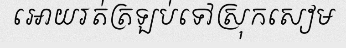
អោយរត់ត្រឡប់ទៅស្រុកសៀម